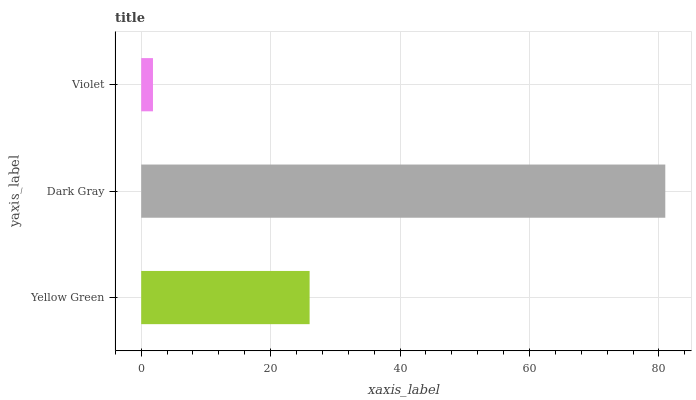
| yaxis_label | bars |
 | --- | --- |
 | Yellow Green | 26 |
 | Dark Gray | 81 |
 | Violet | 1.82 |